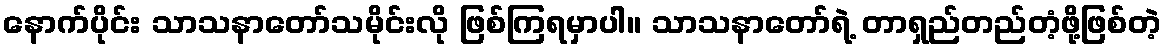
နောက်ပိုင်း သာသနာတော်သမိုင်းလို ဖြစ်ကြရမှာပါ။ သာသနာတော်ရဲ့ တာရှည်တည်တံ့ဖို့ဖြစ်တဲ့